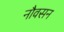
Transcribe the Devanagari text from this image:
नौवसन